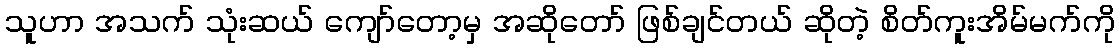
သူဟာ အသက် သုံးဆယ် ကျော်တော့မှ အဆိုတော် ဖြစ်ချင်တယ် ဆိုတဲ့ စိတ်ကူးအိမ်မက်ကို